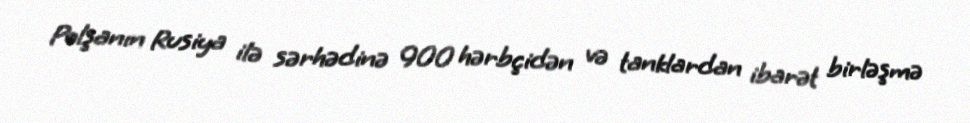
Polşanın Rusiya ilə sərhədinə 900 hərbçidən və tanklardan ibarət birləşmə